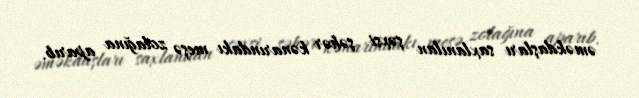
əməkdaşları saxlanılan şəxsi şəhər kənarındakı meşə zolağına aparıb.